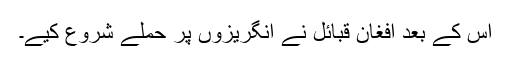
اس کے بعد افغان قبائل نے انگریزوں پر حملے شروع کیے۔